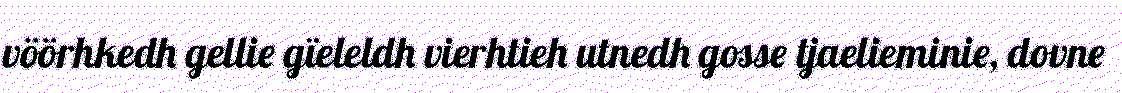
vöörhkedh gellie gïeleldh vierhtieh utnedh gosse tjaelieminie, dovne